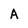
Character: A